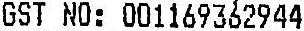
GST NO: 001169362944